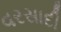
વરસાદી